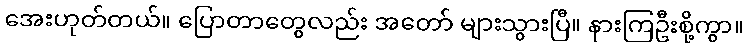
အေးဟုတ်တယ်။ ပြောတာတွေလည်း အတော် များသွားပြီ။ နားကြဦးစို့ကွာ။